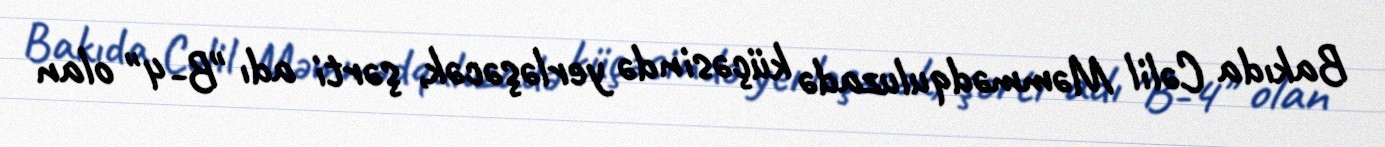
Bakıda Cəlil Məmmədquluzadə küçəsində yerləşəcək, şərti adı "B-4" olan